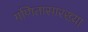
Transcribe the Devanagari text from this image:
गणितासारख्या